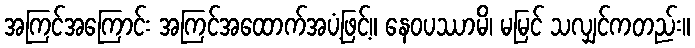
အကြင်အကြောင်း အကြင်အထောက်အပံ့ဖြင့်။ နေဝပဿာမိ၊ မမြင် သလျှင်ကတည်း။